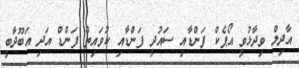
އާދިލް ވިދާޅުވީ އޯޕެކް ފަންޑާއި ސައުދީ ފަންޑާއި ކުވައިތް ފަންޑް އަދި އަބޫދާބީ